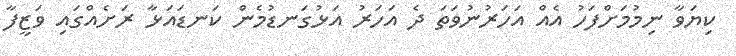
ކިޔަވާ ނިމުމަށްފަހު އެއް އަހަރުނުވަތަ ދެ އަހަރު އަޅުގަނޑުމެން ކަނޑައަޅާ ރަށެއްގައި ވަޒީފާ